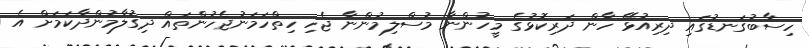
ހިސާބުގަނޑުގައި ދިރިއުޅޭ ހާން ދަރިކޮޅުގެ މީހުންނާ މުސްލިމުންނާ ޖެހި ހިތްހަމަނުޖެހުންތައް ދިގުލާމުންދާކަމަށް އެ